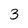
Character: 3